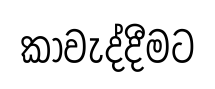
කාවැද්දීමට